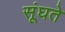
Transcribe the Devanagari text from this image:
सूंघते